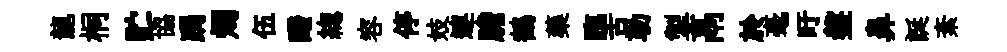
龍桐贮協跼燭伍醱緫容停妓連膽鶴藥臨舌勒掣鬲於毫旴盤鼻誕紊